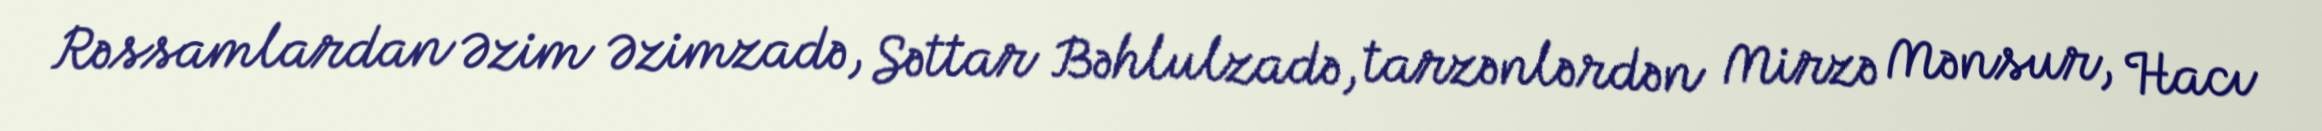
Rəssamlardan Əzim Əzimzadə, Səttar Bəhlulzadə, tarzənlərdən Mirzə Mənsur, Hacı